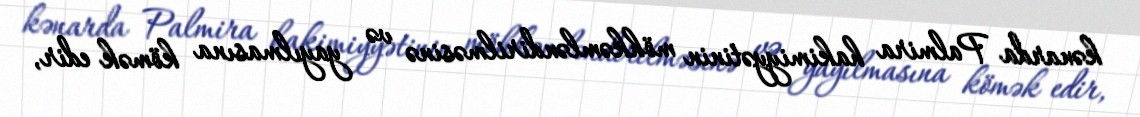
kənarda Palmira hakimiyyətinin möhkəmləndirilməsinə və yayılmasına kömək edir,